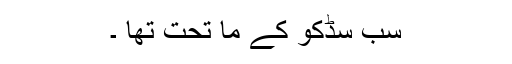
سب سڈکو کے ما تحت تھا ۔